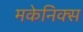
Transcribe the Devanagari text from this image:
मकेनिक्स